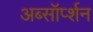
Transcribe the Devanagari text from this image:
अब्सॉर्प्शन